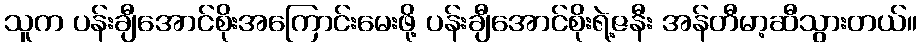
သူက ပန်းချီအောင်စိုးအကြောင်းမေးဖို့ ပန်းချီအောင်စိုးရဲ့ဇနီး အန်တီမာ့ဆီသွားတယ်။